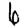
Digit: 6